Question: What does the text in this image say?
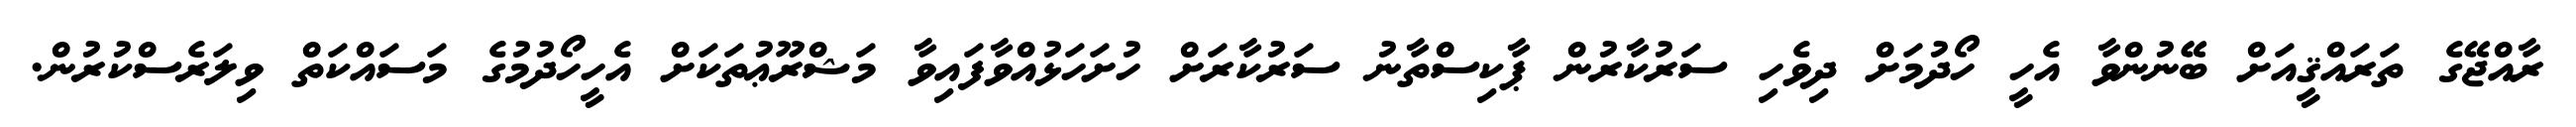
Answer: ރާއްޖޭގެ ތަރައްޤީއަށް ބޭނުންވާ އެހީ ހޯދުމަށް ދިވެހި ސަރުކާރުން ޕާކިސްތާނު ސަރުކާރަށް ހުށަހަޅުއްވާފައިވާ މަޝްރޫޢުތަކަށް އެހީހޯދުމުގެ މަސައްކަތް ވިލަރެސްކުރުން.